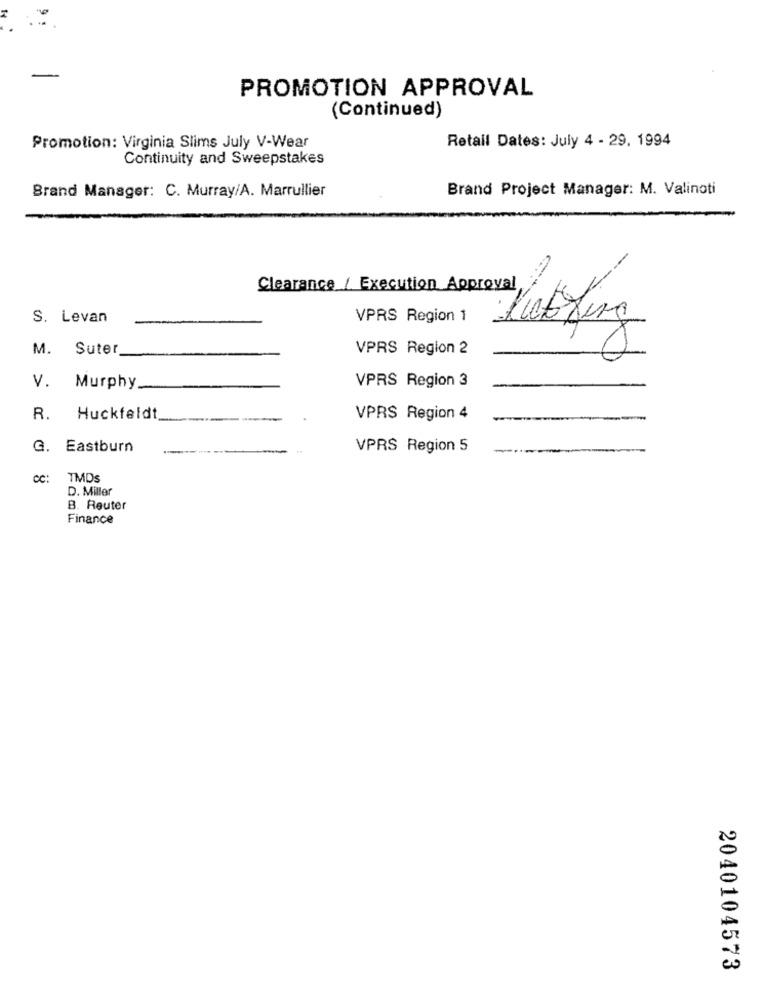
PROMOTION APPROVAL
(Continued)
Promotion: Virginia Slims July V-Wear
Retail Dates: July 4 - 29, 1994
Continuity and Sweepstakes
Brand Manager: C. Murray/A. Marrullier
Brand Project Manager: M. Valinoti
Clearance / Execution Approval
S. Levan
VPRS Region 1
Kobling
M.
Suter
VPRS Region 2
V.
VPRS Region 3
Murphy.
R.
Huckfeldt
VPRS Region 4
G.
Eastburn
VPRS Region 5
CC:
TMDs
D. Miller
B. Reuter
Finance
2040104573